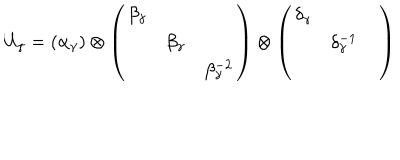
U _ { \gamma } = ( \alpha _ { \gamma } ) \otimes \left( \begin{array} { c c c } { { \beta _ { \gamma } } } & { { } } & { { } } \\ { { } } & { { \beta _ { \gamma } } } & { { } } \\ { { } } & { { } } & { { \beta _ { \gamma } ^ { - 2 } } } \\ \end{array} \right) \otimes \left( \begin{array} { c c c } { { \delta _ { \gamma } } } & { { } } & { { } } \\ { { } } & { { \delta _ { \gamma } ^ { - 1 } } } & { { } } \\ { { } } & { { } } & { { } } \\ \end{array} \right)